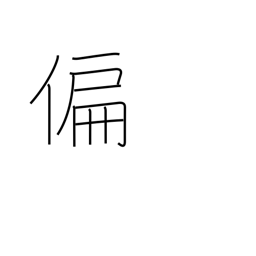
Meaning: partial